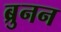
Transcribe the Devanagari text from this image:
ब्रुनन